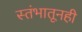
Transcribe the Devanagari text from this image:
स्तंभातूनही